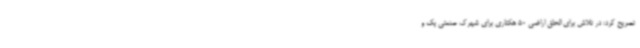
تصریح کرد: در تلاش برای الحاق اراضی 50 هکتاری برای شهرک صنعتی یک و